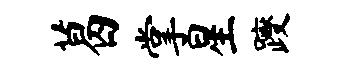
葛掌星躞